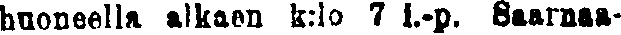
huoneella alkaen k:lo 7 i.-p. Saarnaa-